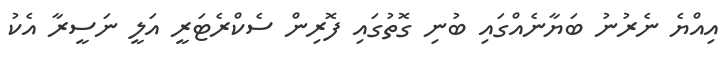
އިއްޔެ ނެރުނު ބަޔާނެއްގައި ބުނި ގޮތުގައި ފޮރިން ސެކްރެޓަރީ އަލީ ނަސީރާ އެކު